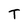
Character: T